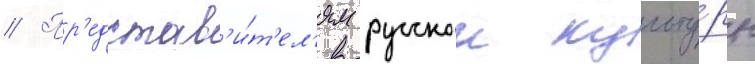
// Пр'едстав'и́т'ел'ям русскои культу́ры